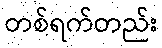
တစ်ရက်တည်း